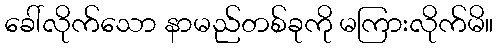
ခေါ်လိုက်သော နာမည်တစ်ခုကို မကြားလိုက်မိ။